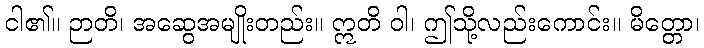
ငါ၏။ ဉာတိ၊ အဆွေအမျိုးတည်း။ ဣတိ ဝါ၊ ဤသို့လည်းကောင်း။ မိတ္တော၊